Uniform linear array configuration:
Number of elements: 24
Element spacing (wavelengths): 0.75
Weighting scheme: kaiser
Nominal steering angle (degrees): -15
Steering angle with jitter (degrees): -13.592
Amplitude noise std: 0.05
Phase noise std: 0.05

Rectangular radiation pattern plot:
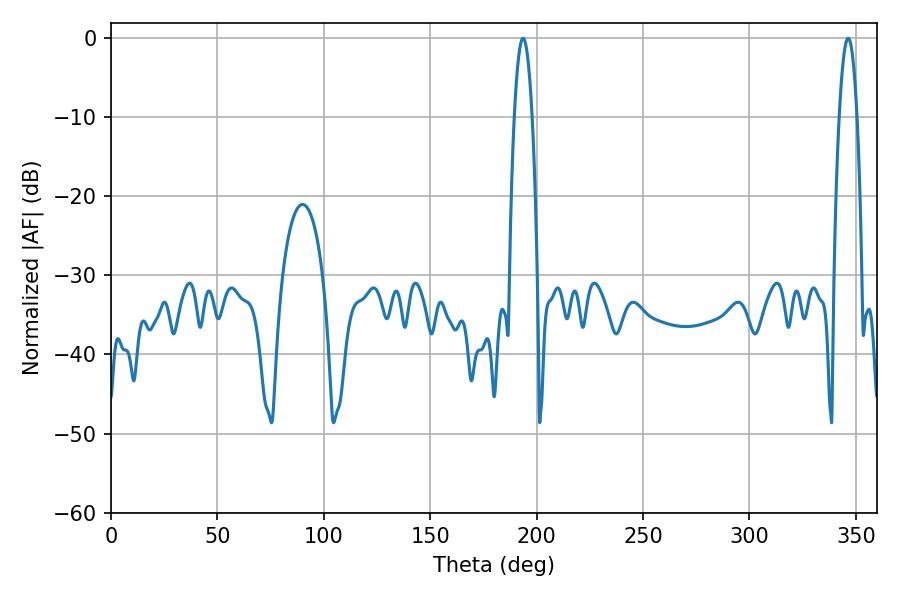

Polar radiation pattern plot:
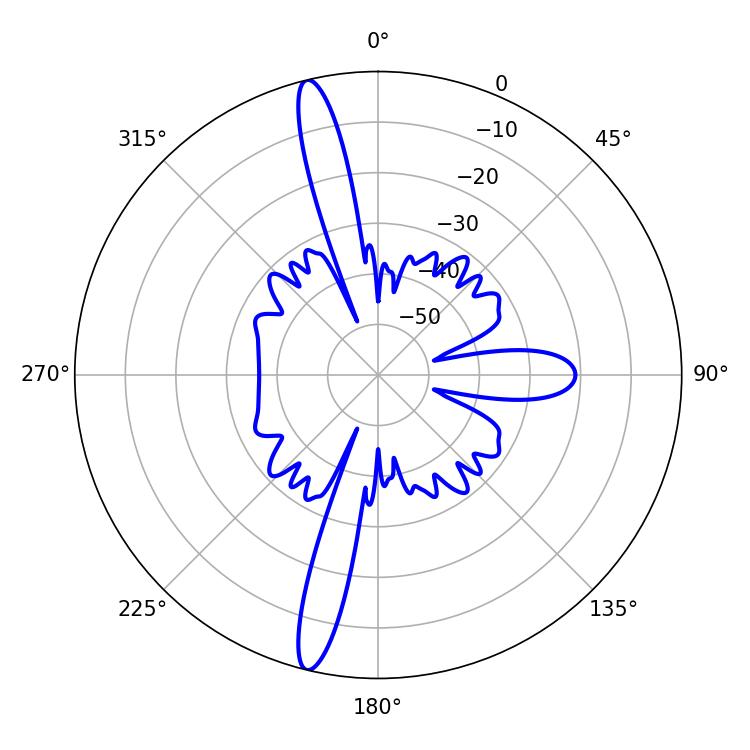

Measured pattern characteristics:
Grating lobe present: TRUE
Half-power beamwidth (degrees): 4.68
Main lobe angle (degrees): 193.68